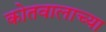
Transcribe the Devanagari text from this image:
कोतवालाच्या